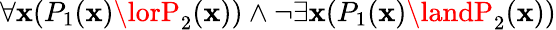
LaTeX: \forall\mathbf{x}(P_{1}(\mathbf{x})\lorP_{2}(\mathbf{x}))\land\lnot\exists\mathbf{x}(P_{1}(\mathbf{x})\landP_{2}(\mathbf{x}))